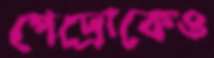
পেদ্রোকেও